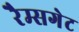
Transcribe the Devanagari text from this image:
रैम्सगेट